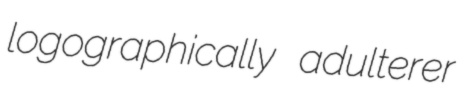
logographically adulterer